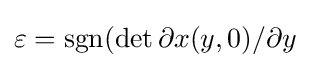
\varepsilon =\mathrm {sgn} (\det \partial x(y,0)/\partial y